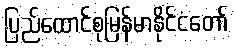
ပြည်ထောင်စုမြန်မာနိုင်ငံတော်